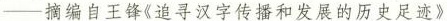
——摘编自王锋《追寻汉字传播和发展的历史足迹》